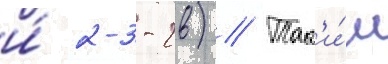
и́ 2-3-2в) // Так'и́м